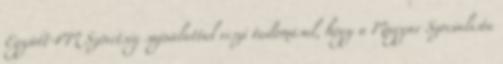
Együtt-PM Szövetség sajnálattal veszi tudomásul, hogy a Magyar Szocialista